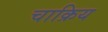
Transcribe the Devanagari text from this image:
चाक्रिय